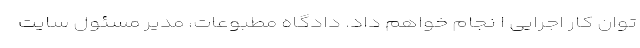
توان کار اجرایی ا نجام خواهم داد. دادگاه مطبوعات، مدیر مسئول سایت